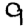
Digit: 9